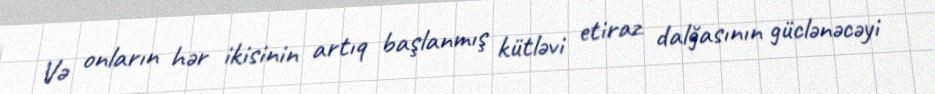
Və onların hər ikisinin artıq başlanmış kütləvi etiraz dalğasının güclənəcəyi